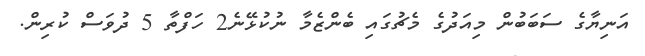
އަނިޔާގެ ސަބަބުން މިއަދުގެ މެޗުގައި ބެންޒެމާ ނުކުޅޭނެ2 ހަފްތާ 5 ދުވަސް ކުރިން.